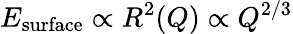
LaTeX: E_{\mathrm{surface}}\propto R^{2}(Q)\propto Q^{2/3}